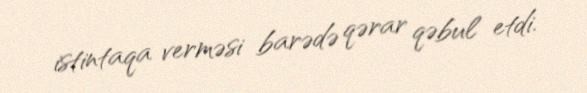
istintaqa verməsi barədə qərar qəbul etdi.